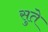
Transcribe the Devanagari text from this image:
सुते